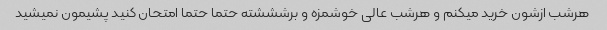
هرشب ازشون خرید میکنم و هرشب عالی خوشمزه و برشششته حتما حتما امتحان کنید پشیمون نمیشید